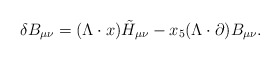
\begin{align*}\delta B_{\mu\nu} = (\Lambda \cdot x) \tilde{H}_{\mu\nu} - x_5 (\Lambda \cdot\partial) B_{\mu\nu}.\end{align*}